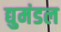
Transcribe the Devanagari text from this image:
द्युमंडल